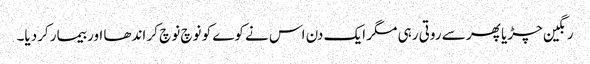
رنگین چڑیا پھر سے روتی رہی مگر ایک دن اس نے کوے کو نوچ نوچ کر اندھا اور بیمار کردیا۔